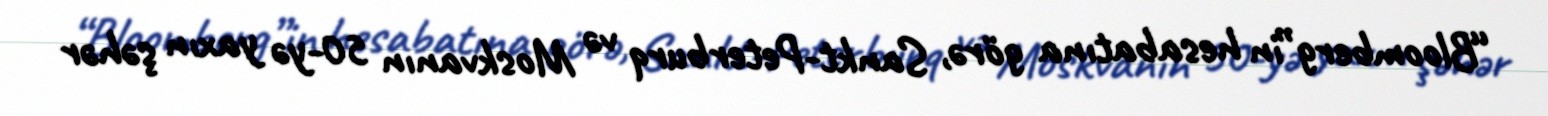
“Bloomberg”in hesabatına görə, Sankt-Peterburq və Moskvanın 50-yə yaxın şəhər